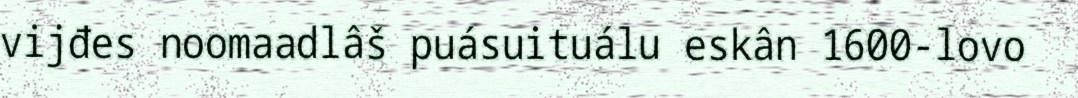
vijđes noomaadlâš puásuituálu eskân 1600-lovo